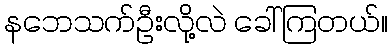
နဘေသက်ဦးလို့လဲ ခေါ်ကြတယ်။